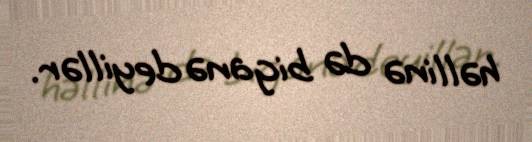
həllinə də biganə deyillər.